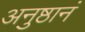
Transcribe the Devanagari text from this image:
अनुष्ठानं